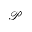
\mathcal { P }